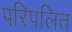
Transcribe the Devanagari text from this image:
परिपलित